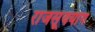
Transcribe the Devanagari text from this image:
राजसूययाग